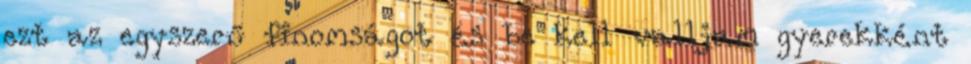
ezt az egyszerű finomságot és be kell valljam gyerekként